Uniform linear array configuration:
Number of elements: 48
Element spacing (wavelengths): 1
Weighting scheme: hamming
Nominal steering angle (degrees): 60
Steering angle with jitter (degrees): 60.689
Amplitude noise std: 0.05
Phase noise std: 0.05

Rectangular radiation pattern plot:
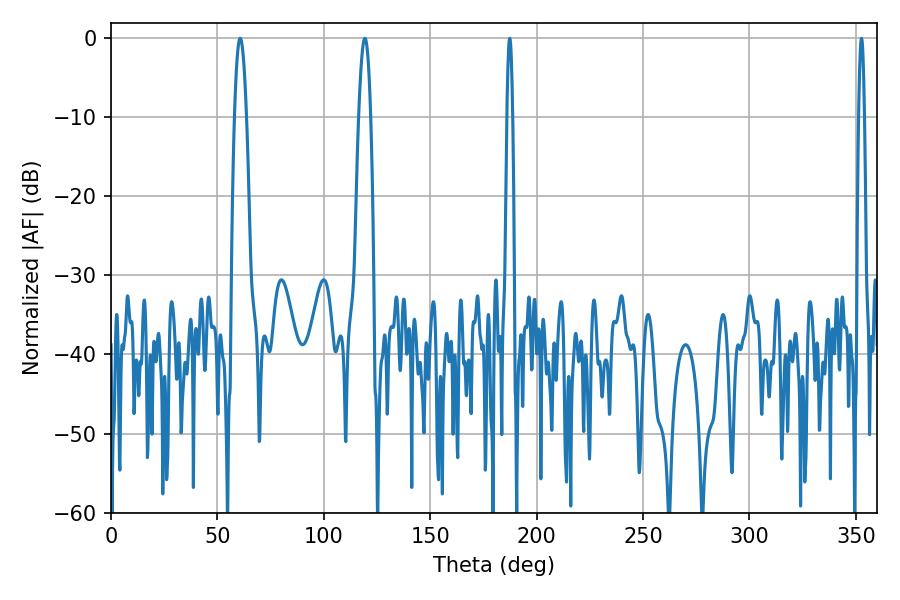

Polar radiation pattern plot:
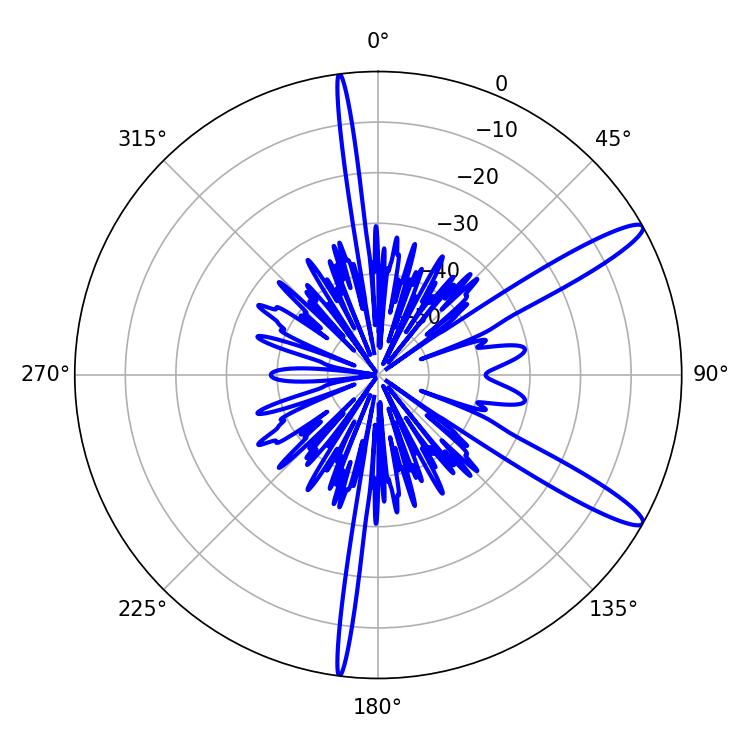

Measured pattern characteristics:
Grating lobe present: TRUE
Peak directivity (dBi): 13.201
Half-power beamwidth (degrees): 3.06
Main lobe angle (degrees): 60.66